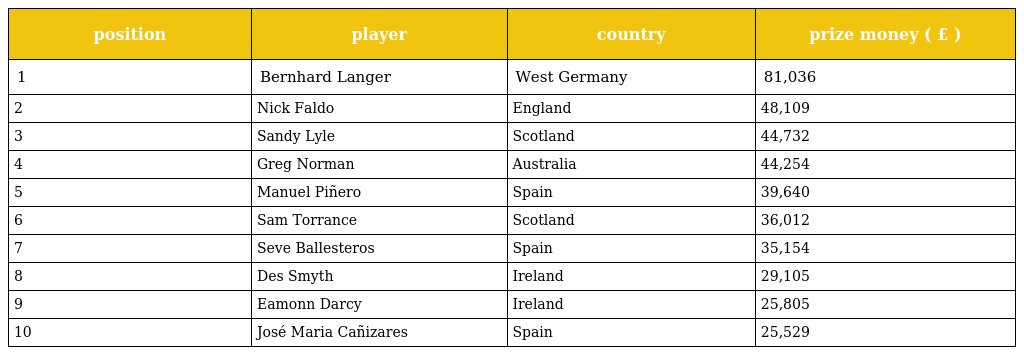
| position | player | country | prize money ( £ ) |
 | --- | --- | --- | --- |
 | 1 | Bernhard Langer | West Germany | 81,036 |
 | 2 | Nick Faldo | England | 48,109 |
 | 3 | Sandy Lyle | Scotland | 44,732 |
 | 4 | Greg Norman | Australia | 44,254 |
 | 5 | Manuel Piñero | Spain | 39,640 |
 | 6 | Sam Torrance | Scotland | 36,012 |
 | 7 | Seve Ballesteros | Spain | 35,154 |
 | 8 | Des Smyth | Ireland | 29,105 |
 | 9 | Eamonn Darcy | Ireland | 25,805 |
 | 10 | José Maria Cañizares | Spain | 25,529 |